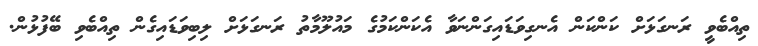
ތިއްބެވީ ރަނގަޅަށް ކަންކަން އެނގިވަޑައިގަންނަވާ އެކަންކަމުގެ މައުލޫމާތު ރަނގަޅަށް ލިބިވަޑައިގެން ތިއްބެވި ބޭފުޅުން.